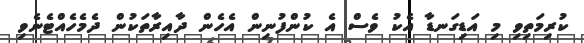
ކުރިމަތިވި މި އަޑިގަނޑާ އެކު ވެސް އެ ކުންފުނިން އެހެން ދާއިރާތަކުން ދެމެހެއްޓެނެވި